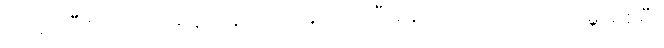
၁၉၄၁ ဒီဇင်ဘာလ ရန်ကုန်ကို ဂျပန်ဗုံးကျပြီးနောက်ပိုင်း ဒုတိယကမ္ဘာစစ်မီး